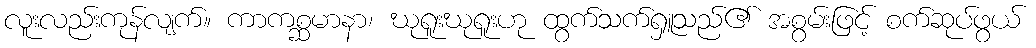
လူးလည်းကုန်လျက်။ ကာကစ္ဆမာနာ၊ ဃုရူးဃုရူးဟု ထွက်သက်ရှူသည်၏ အစွမ်းဖြင့် စက်ဆုပ်ဖွယ်